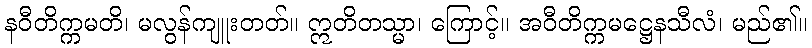
နဝီတိက္ကမတိ၊ မလွန်ကျူးတတ်။ ဣတိတသ္မာ၊ ကြောင့်။ အဝီတိက္ကမဋ္ဌေနသီလံ၊ မည်၏။